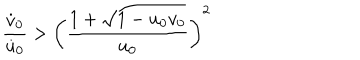
\frac { \dot { v } _ { 0 } } { \dot { u } _ { 0 } } > \left( \frac { 1 + \sqrt { 1 - u _ { 0 } v _ { 0 } } } { u _ { 0 } } \right) ^ { 2 }